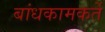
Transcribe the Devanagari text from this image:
बांधकामकर्ते